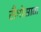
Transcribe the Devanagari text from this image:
सैमोसाता